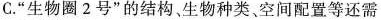
C.”生物圈2号”的结构、生物种类。空间配置等还需